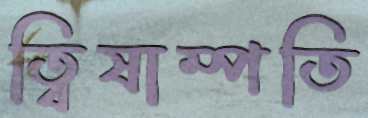
ত্বিষাম্পতি